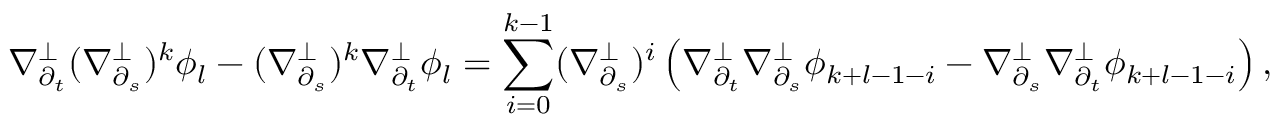
\nabla _ { \partial _ { t } } ^ { \perp } ( \nabla _ { \partial _ { s } } ^ { \perp } ) ^ { k } \phi _ { l } - ( \nabla _ { \partial _ { s } } ^ { \perp } ) ^ { k } \nabla _ { \partial _ { t } } ^ { \perp } \phi _ { l } = \sum _ { i = 0 } ^ { k - 1 } ( \nabla _ { \partial _ { s } } ^ { \perp } ) ^ { i } \left( \nabla _ { \partial _ { t } } ^ { \perp } \nabla _ { \partial _ { s } } ^ { \perp } \phi _ { k + l - 1 - i } - \nabla _ { \partial _ { s } } ^ { \perp } \nabla _ { \partial _ { t } } ^ { \perp } \phi _ { k + l - 1 - i } \right) ,